Mental hospitals Bombay report 1929-33 - 1929-1933
Year: 1929
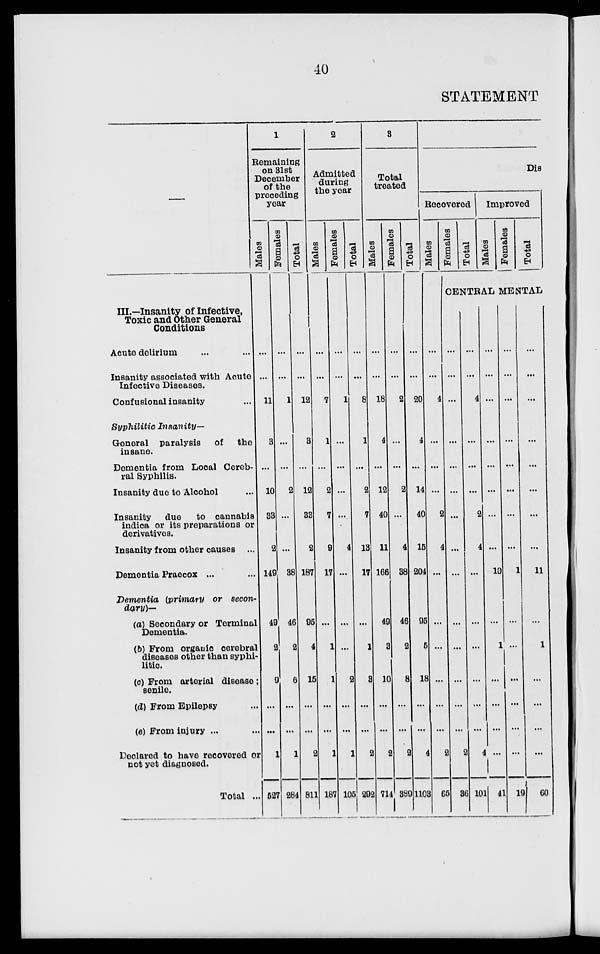
40
STATEMENT
III.—Insanity of Infective,
Toxic and Other General
Conditions
Acute delirium ... ...
Insanity associated with Acute
Infective Diseases.
Confusional insanity ...
Syphilitic Insanity—
General paralysis of the
insane.
Dementia from Local Cereb-
ral Syphilis.
Insanity duo to Alcohol ...
Insanity due to cannabis
indica or its preparations or
derivatives.
Insanity from other causes ...
Dementia Praecox ...
Dementia (primary or secon-
dary)—
(a) Secondary or Terminal
Dementia.
(b) From organic cerebral
diseases other than syphi-
litic.
(c) From arterial disease ;
senile.
(d) From Epilepsy ...
(e) From injury ... ...
Declared to have recovered or
not yet diagnosed.
Total ...
1
Remaining
on 31st
December
of the
preceding
year
Males
...
...
11
3
...
10
33
2
149
49
2
9
...
...
1
527
Females
...
...
1
...
...
2
...
...
38
46
2
6
...
...
1
284
Total
...
...
12
3
...
12
33
2
187
95
4
15
...
...
2
811
2
Admitted
during
the year
Males
...
...
7
1
...
2
7
9
17
...
1
1
...
...
1
187
Females
...
...
1
...
...
...
...
4
...
...
...
2
...
...
1
105
Total
...
...
8
1
...
2
7
13
17
...
1
3
...
...
2
292
3
Total
treated
Males
...
...
18
4
...
12
40
11
166
49
3
10
...
...
2
714
Females
...
...
2
...
...
2
...
4
38
46
2
8
...
...
2
389
Total
...
...
20
4
...
14
40
15
204
95
5
18
...
...
4
1103
Dis
Recovered
Males
...
...
4
...
...
...
2
4
...
...
...
...
2
65
Females
Total
Improved
Males
Females
Total
CENTRAL MENTAL
...
...
...
...
...
...
...
...
...
...
...
...
...
...
2
36
...
...
4
...
...
...
2
4
...
...
...
...
...
...
4
101
...
...
...
...
...
...
...
...
10
...
1
...
...
...
...
41
...
...
...
...
...
...
...
...
1
...
...
...
...
...
...
19
...
...
...
...
...
...
...
...
11
...
1
...
...
...
...
60